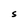
Character: S